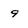
Character: 9